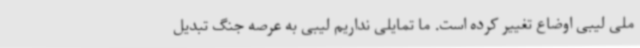
ملی لیبی اوضاع تغییر کرده است. ما تمایلی نداریم لیبی به عرصه جنگ تبدیل